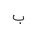
Letter: _ba